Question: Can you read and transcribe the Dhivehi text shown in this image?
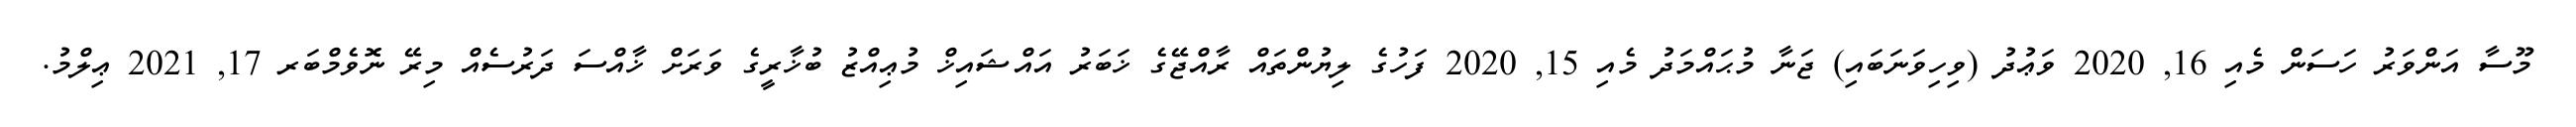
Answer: މޫސާ އަންވަރު ހަސަން މެއި 16, 2020 ވަޢުދު (ވިހިވަނަބައި) ޖަނާ މުޙައްމަދު މެއި 15, 2020 ފަހުގެ ލިޔުންތައް ރާއްޖޭގެ ޚަބަރު އައްޝައިޚް މުޢިއްޒު ބުޚާރީގެ ވަރަށް ޚާއްސަ ދަރުސެއް މިރޭ ނޮވެމްބަރ 17, 2021 ޢިލްމު.